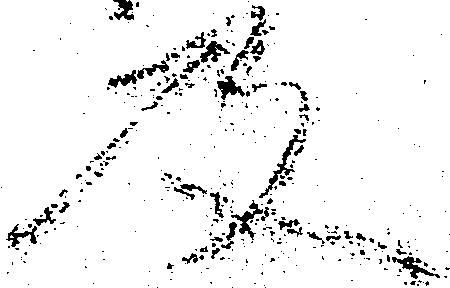
及